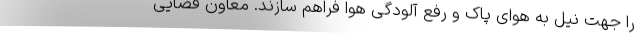
را جهت نیل به هوای پاک و رفع آلودگی هوا فراهم سازند. معاون قضایی